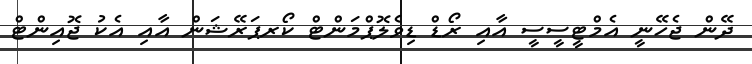
ދޭން ޖެހޭނީ އެމްޓީސީސީ އާއި ރޯޑް ޑިވެލޮޕްމަންޓް ކޯރޕަރޭޝަން އާއި އެކު ޖޮއިންޓް